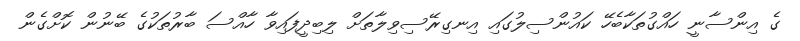
ގެ އިންސާނީ ހައްގުތަކާބެހޭ ކައުންސިލުގައި އިނގިރޭސިވިލާތަށް ލިބިދީފައިވާ ހާއްސަ ބާރުތަކުގެ ބޭނުން ކޮށްގެން